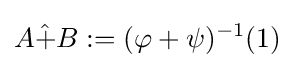
A{\hat {+}}B:=(\varphi +\psi )^{-1}(1)